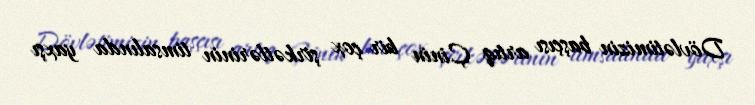
Dövlətimizin başçısı artıq Çinin bir çox şirkətlərinin timsalında yaxşı